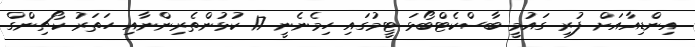
އިންޑިއާއަށް ފުރި ގައުމީ ބާސްކެޓްބޯޅަ ޓީމުގައި ހިމެނެނީ 17 ކުޅުންތެރިންނާއި ހަތަރު ކޯޗިންގް